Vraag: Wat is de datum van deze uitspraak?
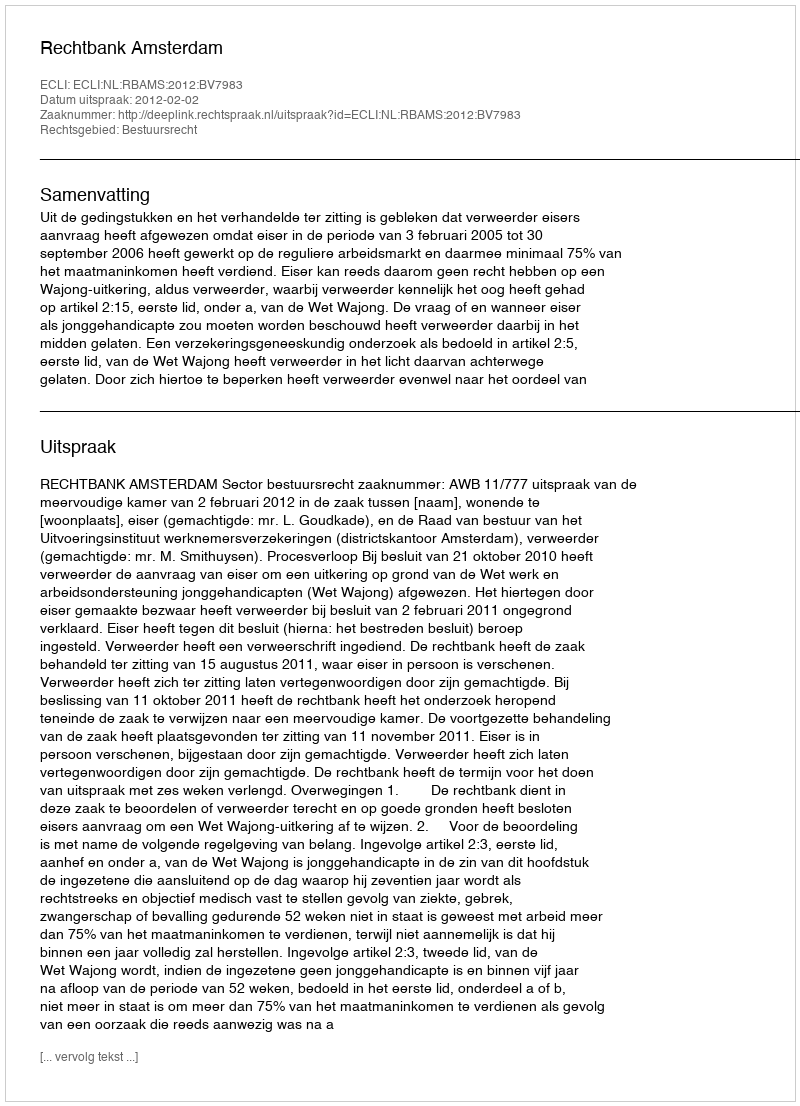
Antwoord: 2012-02-02